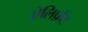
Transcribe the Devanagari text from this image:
ऐलिफ़ेंट